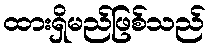
ထားရှိမည်ဖြစ်သည်